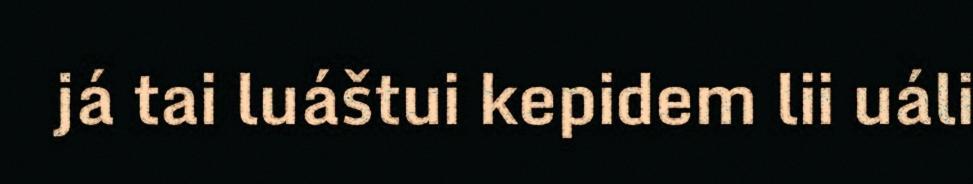
já tai luáštui kepidem lii uáli